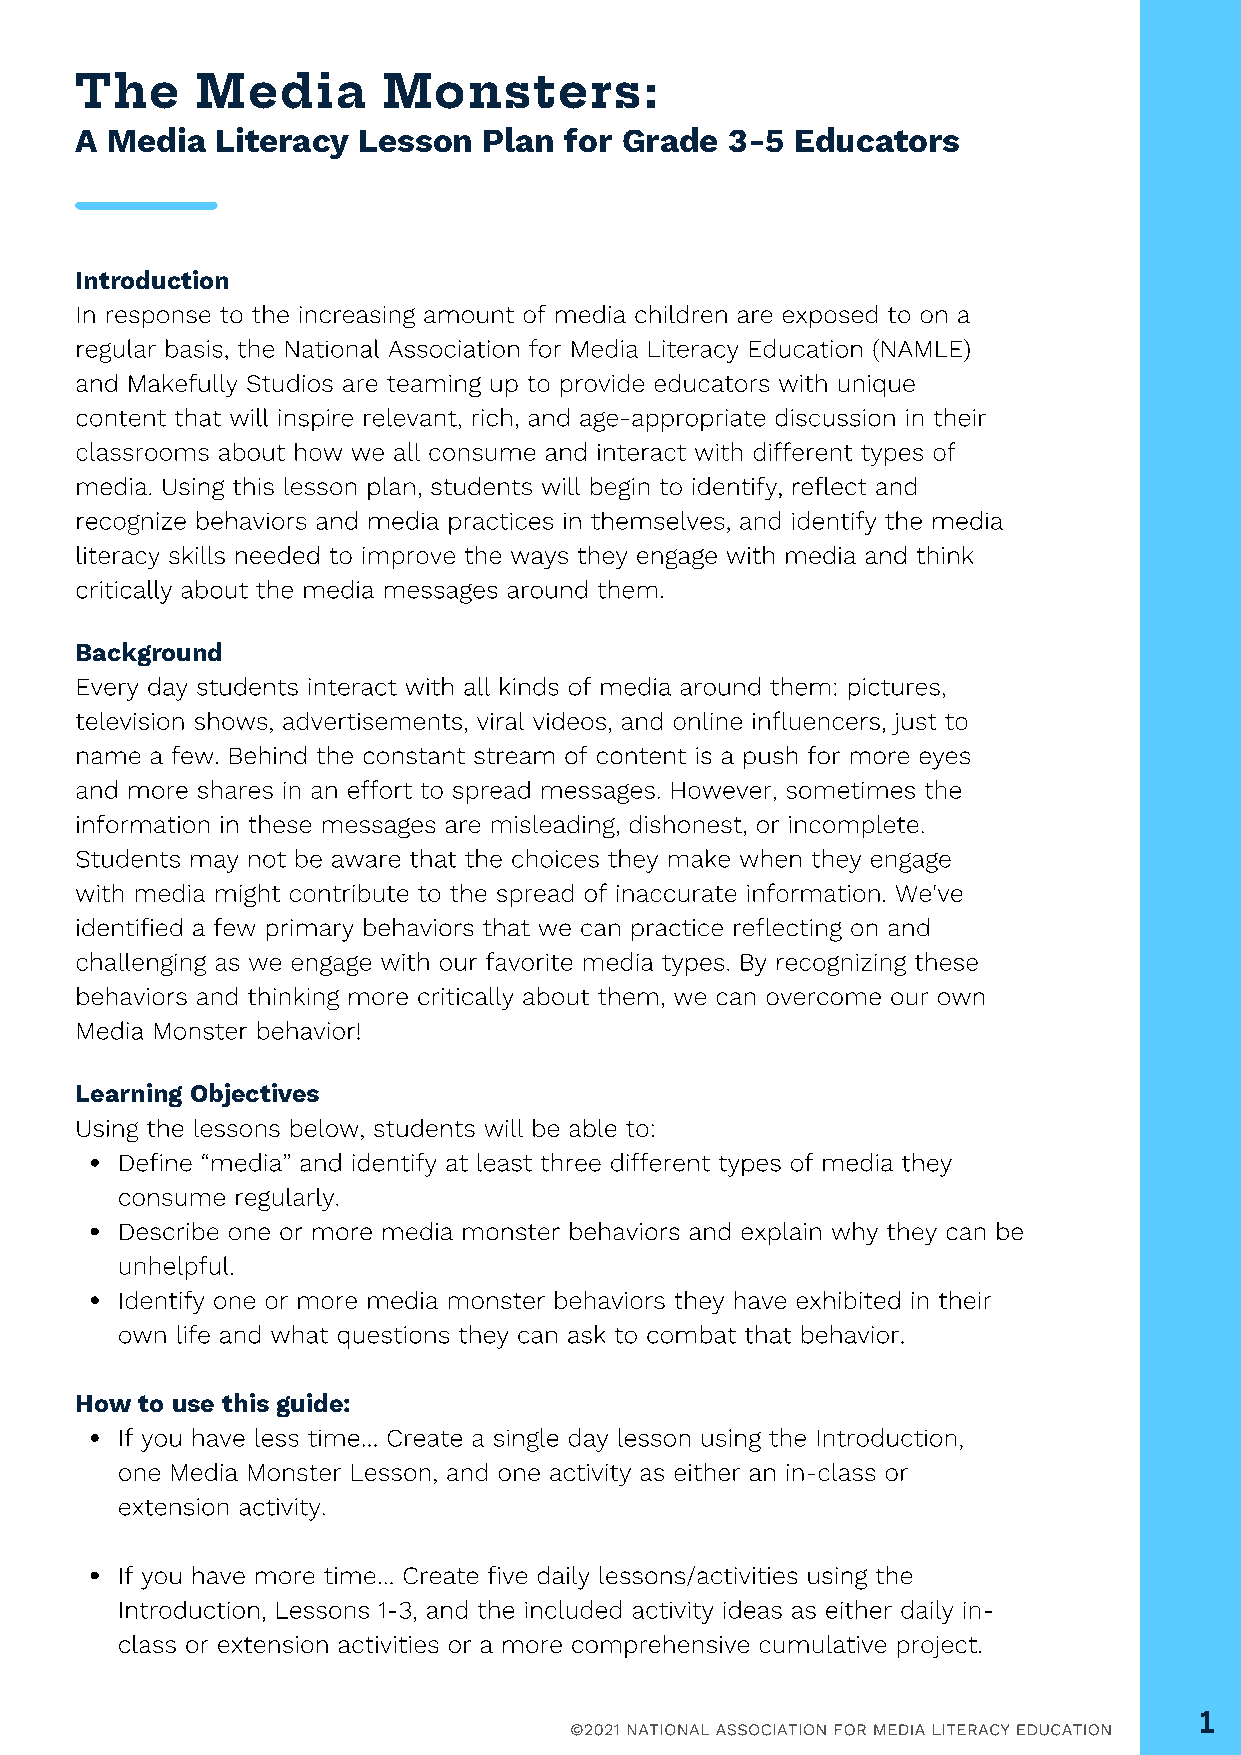
The     Media       Monsters:
 A Media  Literacy  Lesson  Plan for Grade  3-5  Educators
 CREATIVE
 Introduction
 In response to the increasing amount of media children are exposed to on a
 regular basis, the National Association for Media Literacy Education (NAMLE)
 and Makefully Studios are teaming up to provide educators with unique
 content that will inspire relevant, rich, and age-appropriate discussion in their
 TALKS
 classrooms about how we all consume and interact with different types of
 media. Using this lesson plan, students will begin to identify, reflect and
 recognize behaviors and media practices in themselves, and identify the media
 literacy skills needed to improve the ways they engage with media and think
 critically about the media messages around them.
 Background
 Every day students interact with all kinds of media around them: pictures,
 television shows, advertisements, viral videos, and online influencers, just to
 name a few. Behind the constant stream of content is a push for more eyes
 and more shares in an effort to spread messages. However, sometimes the
 information in these messages are misleading, dishonest, or incomplete.
 Students may not be aware that the choices they make when they engage
 with media might contribute to the spread of inaccurate information. We've
 identified a few primary behaviors that we can practice reflecting on and
 challenging as we engage with our favorite media types. By recognizing these
 behaviors and thinking more critically about them, we can overcome our own
 Media Monster behavior!
 Learning Objectives
 Using the lessons below, students will be able to:
 Define “media” and identify at least three different types of media they
 consume regularly.
 Describe one or more media monster behaviors and explain why they can be
 unhelpful.
 Identify one or more media monster behaviors they have exhibited in their
 own life and what questions they can ask to combat that behavior.
 How to use this guide:
 If you have less time… Create a single day lesson using the Introduction,
 one Media Monster Lesson, and one activity as either an in-class or
 extension activity.
 If you have more time… Create five daily lessons/activities using the
 Introduction, Lessons 1-3, and the included activity ideas as either daily in-
 class or extension activities or a more comprehensive cumulative project.
 1
 ©2021 NATIONAL ASSOCIATION FOR MEDIA LITERACY EDUCATION